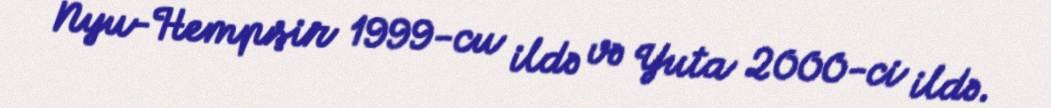
Nyu-Hempşir 1999-cu ildə və Yuta 2000-ci ildə.